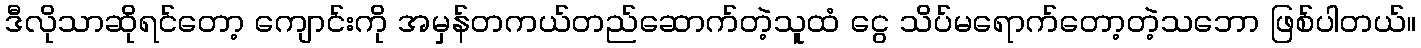
ဒီလိုသာဆိုရင်တော့ ကျောင်းကို အမှန်တကယ်တည်ဆောက်တဲ့သူထံ ငွေ သိပ်မရောက်တော့တဲ့သဘော ဖြစ်ပါတယ်။